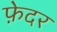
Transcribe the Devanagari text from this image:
फ़ेदर